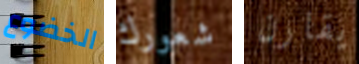
الخضوع شعورك يقارن